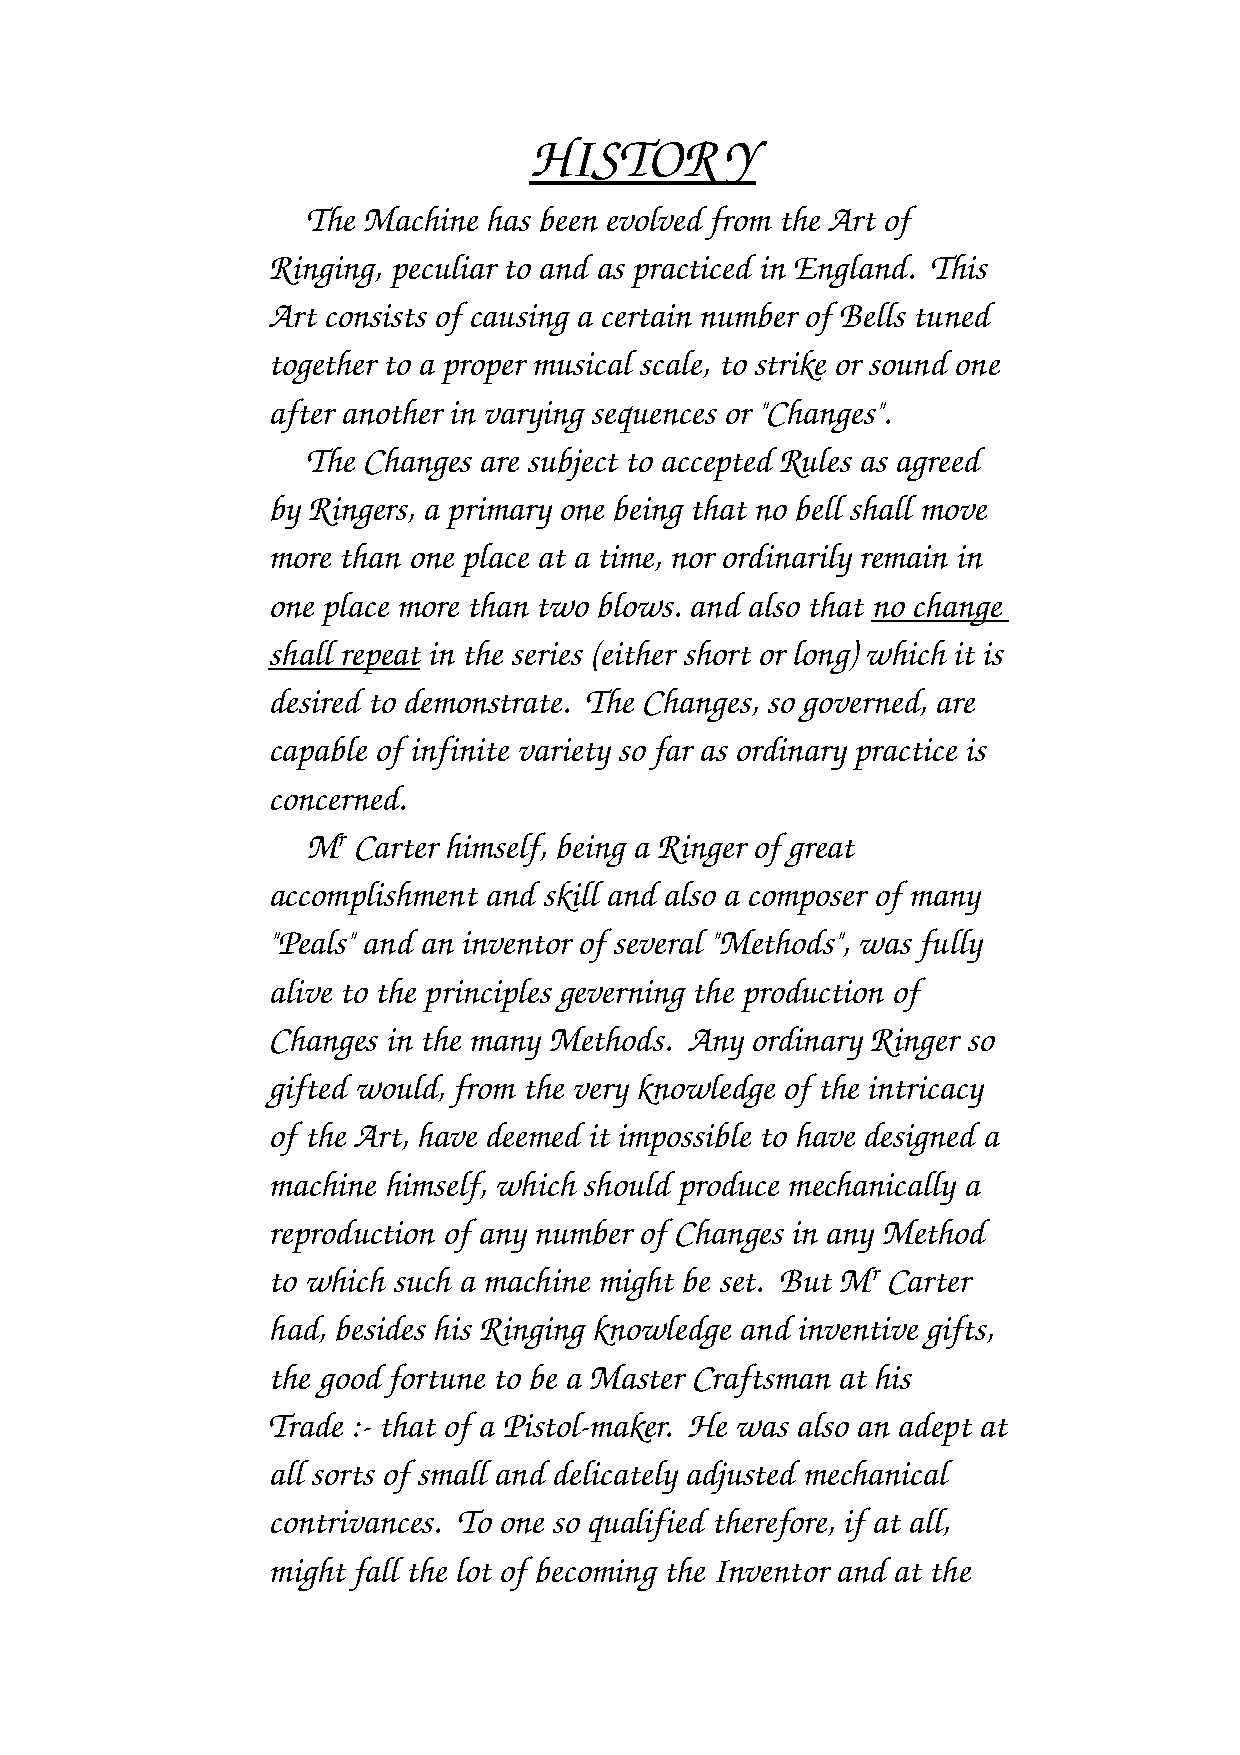
HISTOR       Y
 The Machine has been evolved from the Art of
 Ringing, peculiar to and as practiced in England. This
 Art consists of causing a certain number of Bells tuned
 together to a proper musical scale, to strike or sound one
 after another in varying sequences or "Changes".
 The Changes are subject to accepted Rules as agreed
 by Ringers, a primary one being that no bell shall move
 more than one place at a time, nor ordinarily remain in
 one place more than two blows. and also that no change
 shall repeat in the series (either short or long) which it is
 desired to demonstrate. The Changes, so governed, are
 capable of infinite variety so far as ordinary practice is
 concerned.
 Mr Carter himself, being a Ringer of great
 accomplishment and skill and also a composer of many
 "Peals" and an inventor of several "Methods", was fully
 alive to the principles geverning the production of
 Changes in the many Methods. Any ordinary Ringer so
 gifted would, from the very knowledge of the intricacy
 of the Art, have deemed it impossible to have designed a
 machine himself, which should produce mechanically a
 reproduction of any number of Changes in any Method
 to which such a machine might be set. But Mr Carter
 had, besides his Ringing knowledge and inventive gifts,
 the good fortune to be a Master Craftsman at his
 Trade :­ that of a Pistol­maker. He was also an adept at
 all sorts of small and delicately adjusted mechanical
 contrivances. To one so qualified therefore, if at all,
 might fall the lot of becoming the Inventor and at the